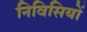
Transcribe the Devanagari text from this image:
निविसियों